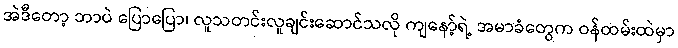
အဲဒီတော့ ဘာပဲ ပြောပြော၊ လူသတင်းလူချင်းဆောင်သလို ကျနော့်ရဲ့ အမာခံတွေက ဝန်ထမ်းထဲမှာ